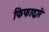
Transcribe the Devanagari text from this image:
फिफाद्वारे